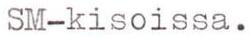
SM-kisoissa.